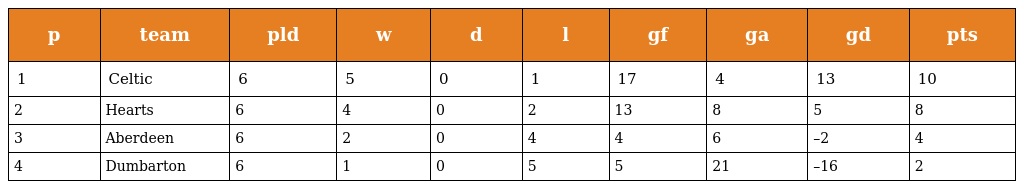
| p | team | pld | w | d | l | gf | ga | gd | pts |
 | --- | --- | --- | --- | --- | --- | --- | --- | --- | --- |
 | 1 | Celtic | 6 | 5 | 0 | 1 | 17 | 4 | 13 | 10 |
 | 2 | Hearts | 6 | 4 | 0 | 2 | 13 | 8 | 5 | 8 |
 | 3 | Aberdeen | 6 | 2 | 0 | 4 | 4 | 6 | –2 | 4 |
 | 4 | Dumbarton | 6 | 1 | 0 | 5 | 5 | 21 | –16 | 2 |